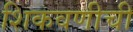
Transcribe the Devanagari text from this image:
शिकवणीची